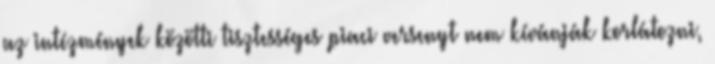
az intézmények közötti tisztességes piaci versenyt nem kívánják korlátozni,